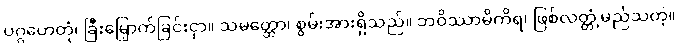
ပဂ္ဂဟေတုံ၊ ခြီးမြှောက်ခြင်းငှာ။ သမတ္ထော၊ စွမ်းအားရှိသည်။ ဘဝိဿာမိကိရ၊ ဖြစ်လတ္တံ့မည်သတဲ့။